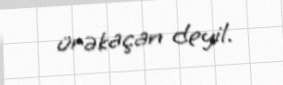
ürəkaçan deyil.